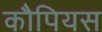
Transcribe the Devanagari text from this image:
कौपियस